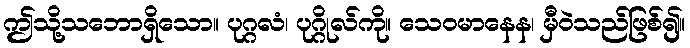
ဤသို့သဘောရှိသော။ ပုဂ္ဂလံ၊ ပုဂ္ဂိုလ်ကို။ သေဝမာနေန၊ မှီဝဲသည်ဖြစ်၍။